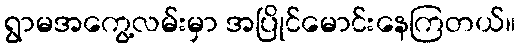
ရွာမအကွေ့လမ်းမှာ အပြိုင်မောင်းနေကြတယ်။